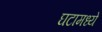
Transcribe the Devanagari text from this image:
घटामध्ये